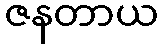
ဇနတာယ